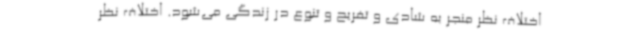
اختلاف نظر منجر به شادی و تفریح و تنوع در زندگی می‌شود. اختلاف نظر